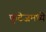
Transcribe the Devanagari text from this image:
फुटेजमध्ये